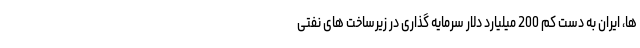
ها، ایران به دست کم 200 میلیارد دلار سرمایه گذاری در زیرساخت های نفتی